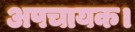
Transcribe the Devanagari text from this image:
अपचायक।